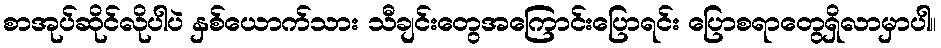
စာအုပ်ဆိုင်လိုပါပဲ နှစ်ယောက်သား သီချင်းတွေအကြောင်းပြောရင်း ပြောစရာတွေရှိလာမှာပါ။